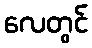
လေတွင်